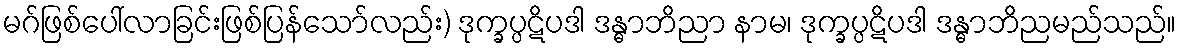
မဂ်ဖြစ်ပေါ်လာခြင်းဖြစ်ပြန်သော်လည်း) ဒုက္ခပ္ပဋိပဒါ ဒန္ဓာဘိညာ နာမ၊ ဒုက္ခပ္ပဋိပဒါ ဒန္ဓာဘိညမည်သည်။